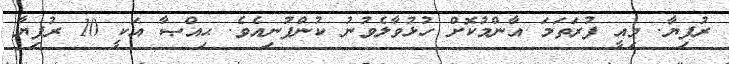
ރުފިޔާ. މިއީ ފުރަތަމަ އާންމުކޮށް ހުޅުވާލެވުނު ކުންފުނިއެވެ. ޙިއްޞާ އަކީ 10 ރުފިޔާ